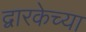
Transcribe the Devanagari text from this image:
द्वारकेच्या